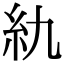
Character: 䊵